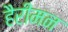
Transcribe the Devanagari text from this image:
हैरीमन